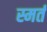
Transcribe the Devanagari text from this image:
स्मर्त